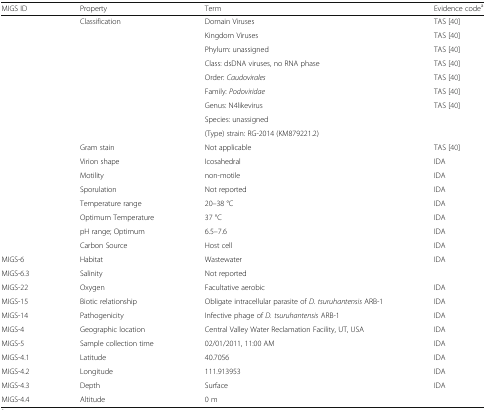
<table><thead><tr><td><b>MIGS ID</b></td><td><b>Property</b></td><td><b>Term</b></td><td><b>Evidence code<sup>a</sup></b></td></tr></thead><tbody><tr><td rowspan="2"></td><td rowspan="2">Classification</td><td>Domain Viruses</td><td>TAS [40]</td></tr><tr><td>Kingdom Viruses</td><td>TAS [40]</td></tr><tr><td rowspan="3"></td><td rowspan="3"></td><td>Phylum: unassigned</td><td>TAS [40]</td></tr><tr><td>Class: dsDNA viruses, no RNA phase</td><td>TAS [40]</td></tr><tr><td>Order: <i>Caudovirales</i></td><td>TAS [40]</td></tr><tr><td></td><td></td><td>Family: <i>Podoviridae</i></td><td>TAS [40]</td></tr><tr><td></td><td></td><td>Genus: N4likevirus</td><td>TAS [40]</td></tr><tr><td rowspan="2"></td><td rowspan="2"></td><td>Species: unassigned</td><td rowspan="2"></td></tr><tr><td>(Type) strain: RG-2014 (KM879221.2)</td></tr><tr><td rowspan="8"></td><td>Gram stain</td><td>Not applicable</td><td>TAS [40]</td></tr><tr><td>Virion shape</td><td>Icosahedral</td><td>IDA</td></tr><tr><td>Motility</td><td>non-motile</td><td>IDA</td></tr><tr><td>Sporulation</td><td>Not reported</td><td>IDA</td></tr><tr><td>Temperature range</td><td>20–38 °C</td><td>IDA</td></tr><tr><td>Optimum Temperature</td><td>37 °C</td><td>IDA</td></tr><tr><td>pH range; Optimum</td><td>6.5–7.6</td><td>IDA</td></tr><tr><td>Carbon Source</td><td>Host cell</td><td>IDA</td></tr><tr><td>MIGS-6</td><td>Habitat</td><td>Wastewater</td><td>IDA</td></tr><tr><td>MIGS-6.3</td><td>Salinity</td><td>Not reported</td><td></td></tr><tr><td>MIGS-22</td><td>Oxygen</td><td>Facultative aerobic</td><td>IDA</td></tr><tr><td>MIGS-15</td><td>Biotic relationship</td><td>Obligate intracellular parasite of <i>D. tsuruhantensis</i> ARB-1</td><td>IDA</td></tr><tr><td>MIGS-14</td><td>Pathogenicity</td><td>Infective phage of <i>D. tsuruhantensis</i> ARB-1</td><td>IDA</td></tr><tr><td>MIGS-4</td><td>Geographic location</td><td>Central Valley Water Reclamation Facility, UT, USA</td><td>IDA</td></tr><tr><td>MIGS-5</td><td>Sample collection time</td><td>02/01/2011, 11:00 AM</td><td>IDA</td></tr><tr><td>MIGS-4.1</td><td>Latitude</td><td>40.7056</td><td>IDA</td></tr><tr><td>MIGS-4.2</td><td>Longitude</td><td>111.913953</td><td>IDA</td></tr><tr><td>MIGS-4.3</td><td>Depth</td><td>Surface</td><td>IDA</td></tr><tr><td>MIGS-4.4</td><td>Altitude</td><td>0 m</td><td></td></tr></tbody></table>